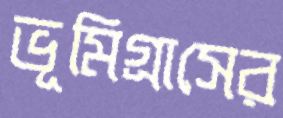
ভূমিগ্রাসের